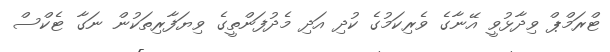
ޓްރަމްޕް ވިދާޅުވީ އޭނާގެ ވެރިކަމުގެ ކުދި އަދި މެދުފަންތީގެ ވިޔަފާރިތަކުން ނަގާ ޓެކްސް